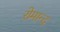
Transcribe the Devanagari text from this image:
रोमान्द